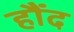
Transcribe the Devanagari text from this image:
हौंद